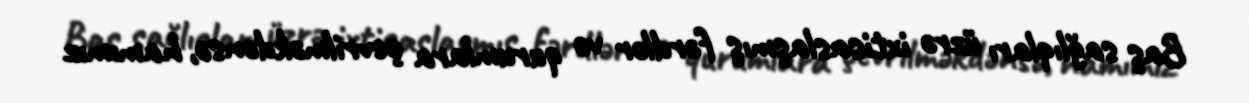
Baş sağlıqları üzrə ixtisaslaşmış fərdlər və qurumlara çevrilməkdənsə, hamımız